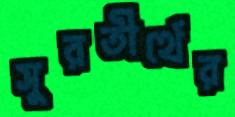
সুরতীর্থের